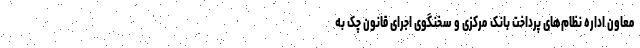
معاون اداره نظام‌های پرداخت بانک مرکزی و سخنگوی اجرای قانون چک به